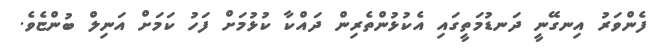
ފެންވަރު އިނގޭނީ ދަނޑުމަތީގައި އެކުޅުންތެރިން ދައްކާ ކުޅުމަށް ފަހު ކަމަށް އަނިލް ބުންޏެވެ.